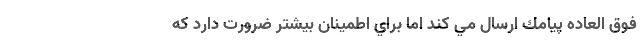
فوق العاده پيامك ارسال مي كند اما براي اطمينان بيشتر ضرورت دارد كه